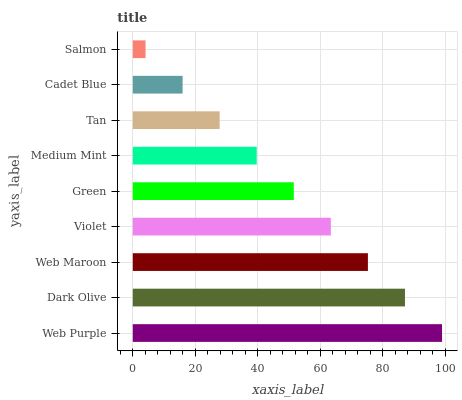
| yaxis_label | bars |
 | --- | --- |
 | Web Purple | 99 |
 | Dark Olive | 87.1 |
 | Web Maroon | 75.3 |
 | Violet | 63.4 |
 | Green | 51.5 |
 | Medium Mint | 39.7 |
 | Tan | 27.8 |
 | Cadet Blue | 15.9 |
 | Salmon | 4.08 |